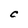
Character: C